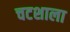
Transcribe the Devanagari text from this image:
चटशाला